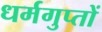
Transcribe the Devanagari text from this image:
धर्मगुप्तों